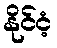
နိုင်ငံ့